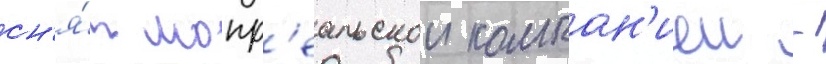
сн'я́т монр'еальскои компан'иеи -